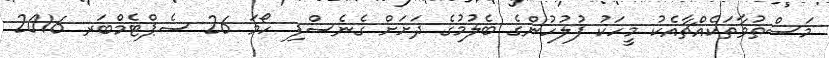
މަސްތުވާތަކެއްޗާއެކު މީހަކު ފުލުހުންގެ ބެލުމުގެ ދަށަށް ގެނެސްފި ހޯމަ 26 ސެޕްޓެމްބަރ 2016